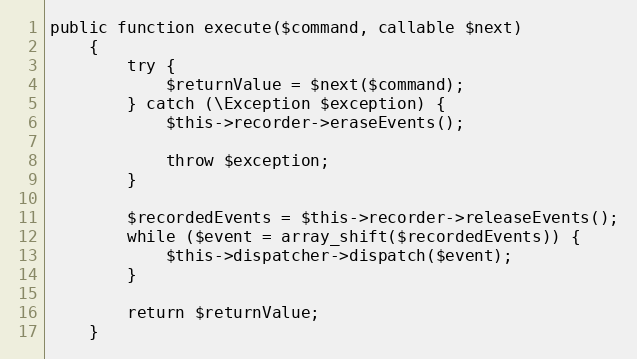
Language: PHP
public function execute($command, callable $next)
    {
        try {
            $returnValue = $next($command);
        } catch (\Exception $exception) {
            $this->recorder->eraseEvents();

            throw $exception;
        }

        $recordedEvents = $this->recorder->releaseEvents();
        while ($event = array_shift($recordedEvents)) {
            $this->dispatcher->dispatch($event);
        }

        return $returnValue;
    }